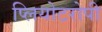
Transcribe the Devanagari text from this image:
प्लियोटरोपी